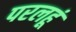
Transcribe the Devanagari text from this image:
परलहूं